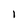
Character: l